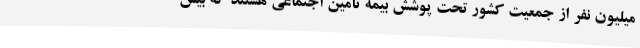
میلیون نفر از جمعیت کشور تحت پوشش بیمه تأمین اجتماعی هستند که بیش